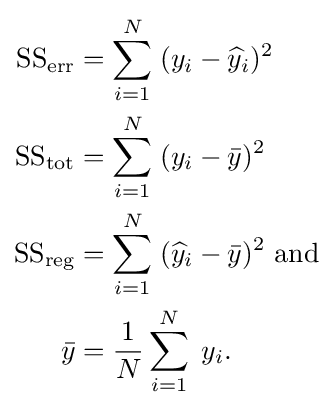
{\begin{aligned}{\text{SS}}_{\text{err}}&=\sum _{i=1}^{N}\;(y_{i}-{\widehat {y}}_{i})^{2}\\{\text{SS}}_{\text{tot}}&=\sum _{i=1}^{N}\;(y_{i}-{\bar {y}})^{2}\\{\text{SS}}_{\text{reg}}&=\sum _{i=1}^{N}\;({\widehat {y}}_{i}-{\bar {y}})^{2}{\text{ and}}\\{\bar {y}}&={\frac {1}{N}}\sum _{i=1}^{N}\;y_{i}.\end{aligned}}